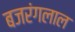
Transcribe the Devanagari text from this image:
बजरंगलाल